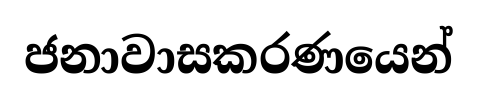
ජනාවාසකරණයෙන්